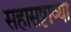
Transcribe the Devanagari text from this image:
सहासष्टाव्या